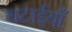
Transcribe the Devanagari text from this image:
चटाईयाँ